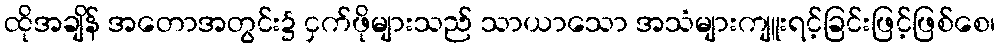
ထိုအချိန် အတောအတွင်း၌ ငှက်ဖိုများသည် သာယာသော အသံများကျူးရင့်ခြင်းဖြင့်ဖြစ်စေ၊